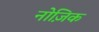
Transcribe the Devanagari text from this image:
नोज़िक